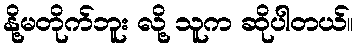
နို့မတိုက်ဘူး လို့ သူက ဆိုပါတယ်။